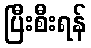
ပြီးစီးရန်